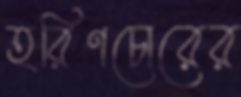
হরিণচোরের